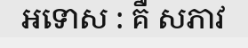
អទោស : គឺ សភាវ